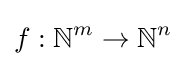
f:\mathbb {N} ^{m}\to \mathbb {N} ^{n}